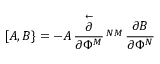
[ A , B \} = - A \, { \frac { \stackrel { \leftarrow } { \partial } } { \partial \Phi ^ { M } } } \, \O ^ { N M } \, { \frac { \partial B } { \partial \Phi ^ { N } } }